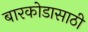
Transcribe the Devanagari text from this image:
बारकोडासाठी